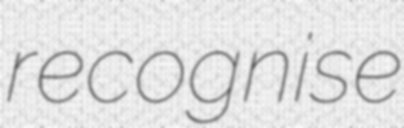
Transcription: recognise